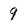
Character: 9